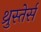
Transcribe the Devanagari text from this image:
थ्रुस्तेर्स